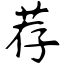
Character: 荐